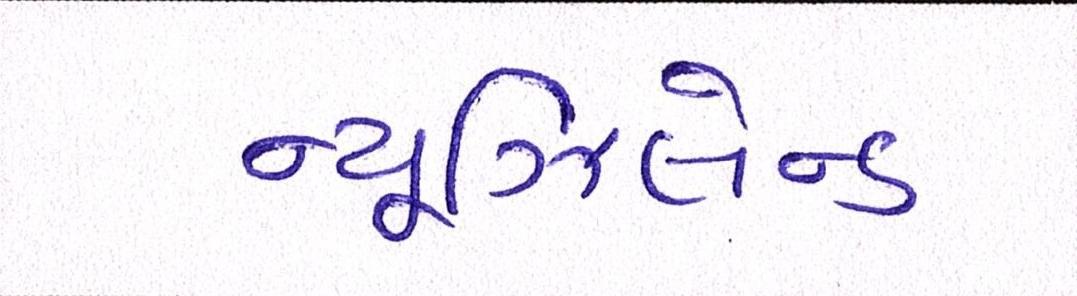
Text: ન્યૂઝિલેન્ડ